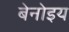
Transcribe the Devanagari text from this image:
बेनोइय